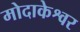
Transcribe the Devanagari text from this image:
मोदाकेश्वर